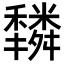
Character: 𥣿